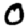
Digit: 0